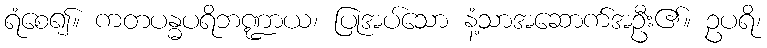
ရံစေ၍။ ကတပန္ဓပရိဘဏ္ဍာယ၊ ပြုအပ်သော နံ့သာအဆောက်အဦး၏။ ဥပရိ၊